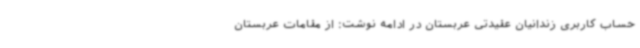
حساب کاربری زندانیان عقیدتی عربستان در ادامه نوشت: از مقامات عربستان